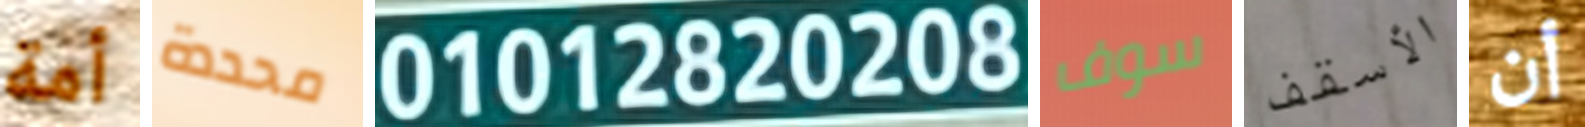
أمة محددة 01012820208 سوف الأسقف أن